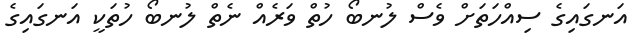
އަނގައިގެ ސިއްހަތަށް ވެސް ލުނބޯ ހުތް ވަރެއް ނެތް ލުނބޯ ހުތަކީ އަނގައިގެ